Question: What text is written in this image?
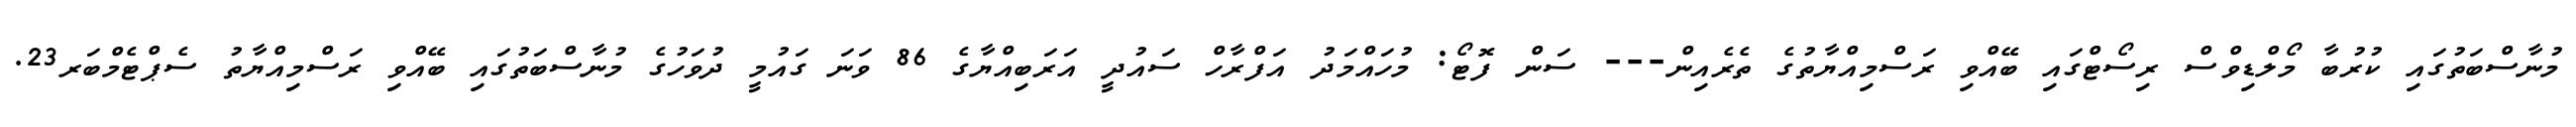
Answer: މުނާސްބަތުގައި ކުރުބާ މޯލްޑިވްސް ރިސޯޓްގައި ބޭއްވި ރަސްމިއްޔާތުގެ ތެރެއިން--- ސަން ފޮޓޯ: މުހައްމަދު އަފްރާހް ސައުދީ އަރަބިއްޔާގެ 86 ވަނަ ގައުމީ ދުވަހުގެ މުނާސްބަތުގައި ބޭއްވި ރަސްމިއްޔާތު ސެޕްޓެމްބަރ23.